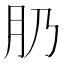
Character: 𱼁